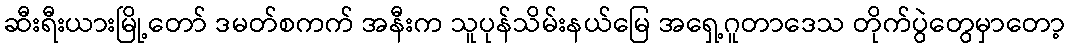
ဆီးရီးယားမြို့တော် ဒမတ်စကက် အနီးက သူပုန်သိမ်းနယ်မြေ အရှေ့ဂူတာဒေသ တိုက်ပွဲတွေမှာတော့